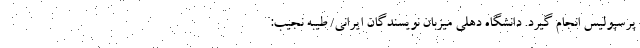
پرسپولیس انجام گیرد. دانشگاه دهلی میزبان نویسندگان ایرانی/ طیبه نجیب: